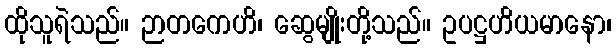
ထိုသူရဲသည်။ ဉာတကေဟိ၊ ဆွေမျိုးတို့သည်။ ဥပဋ္ဌဟိယမာနော၊